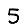
Digit: 5